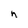
Character: h